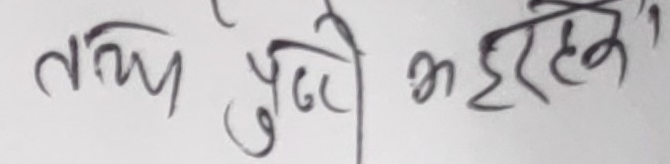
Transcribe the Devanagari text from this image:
तथा पुग्दो भइरहेको